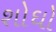
શોઘો